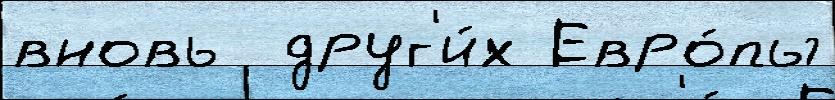
вновь  друг'и́х Евро́пы